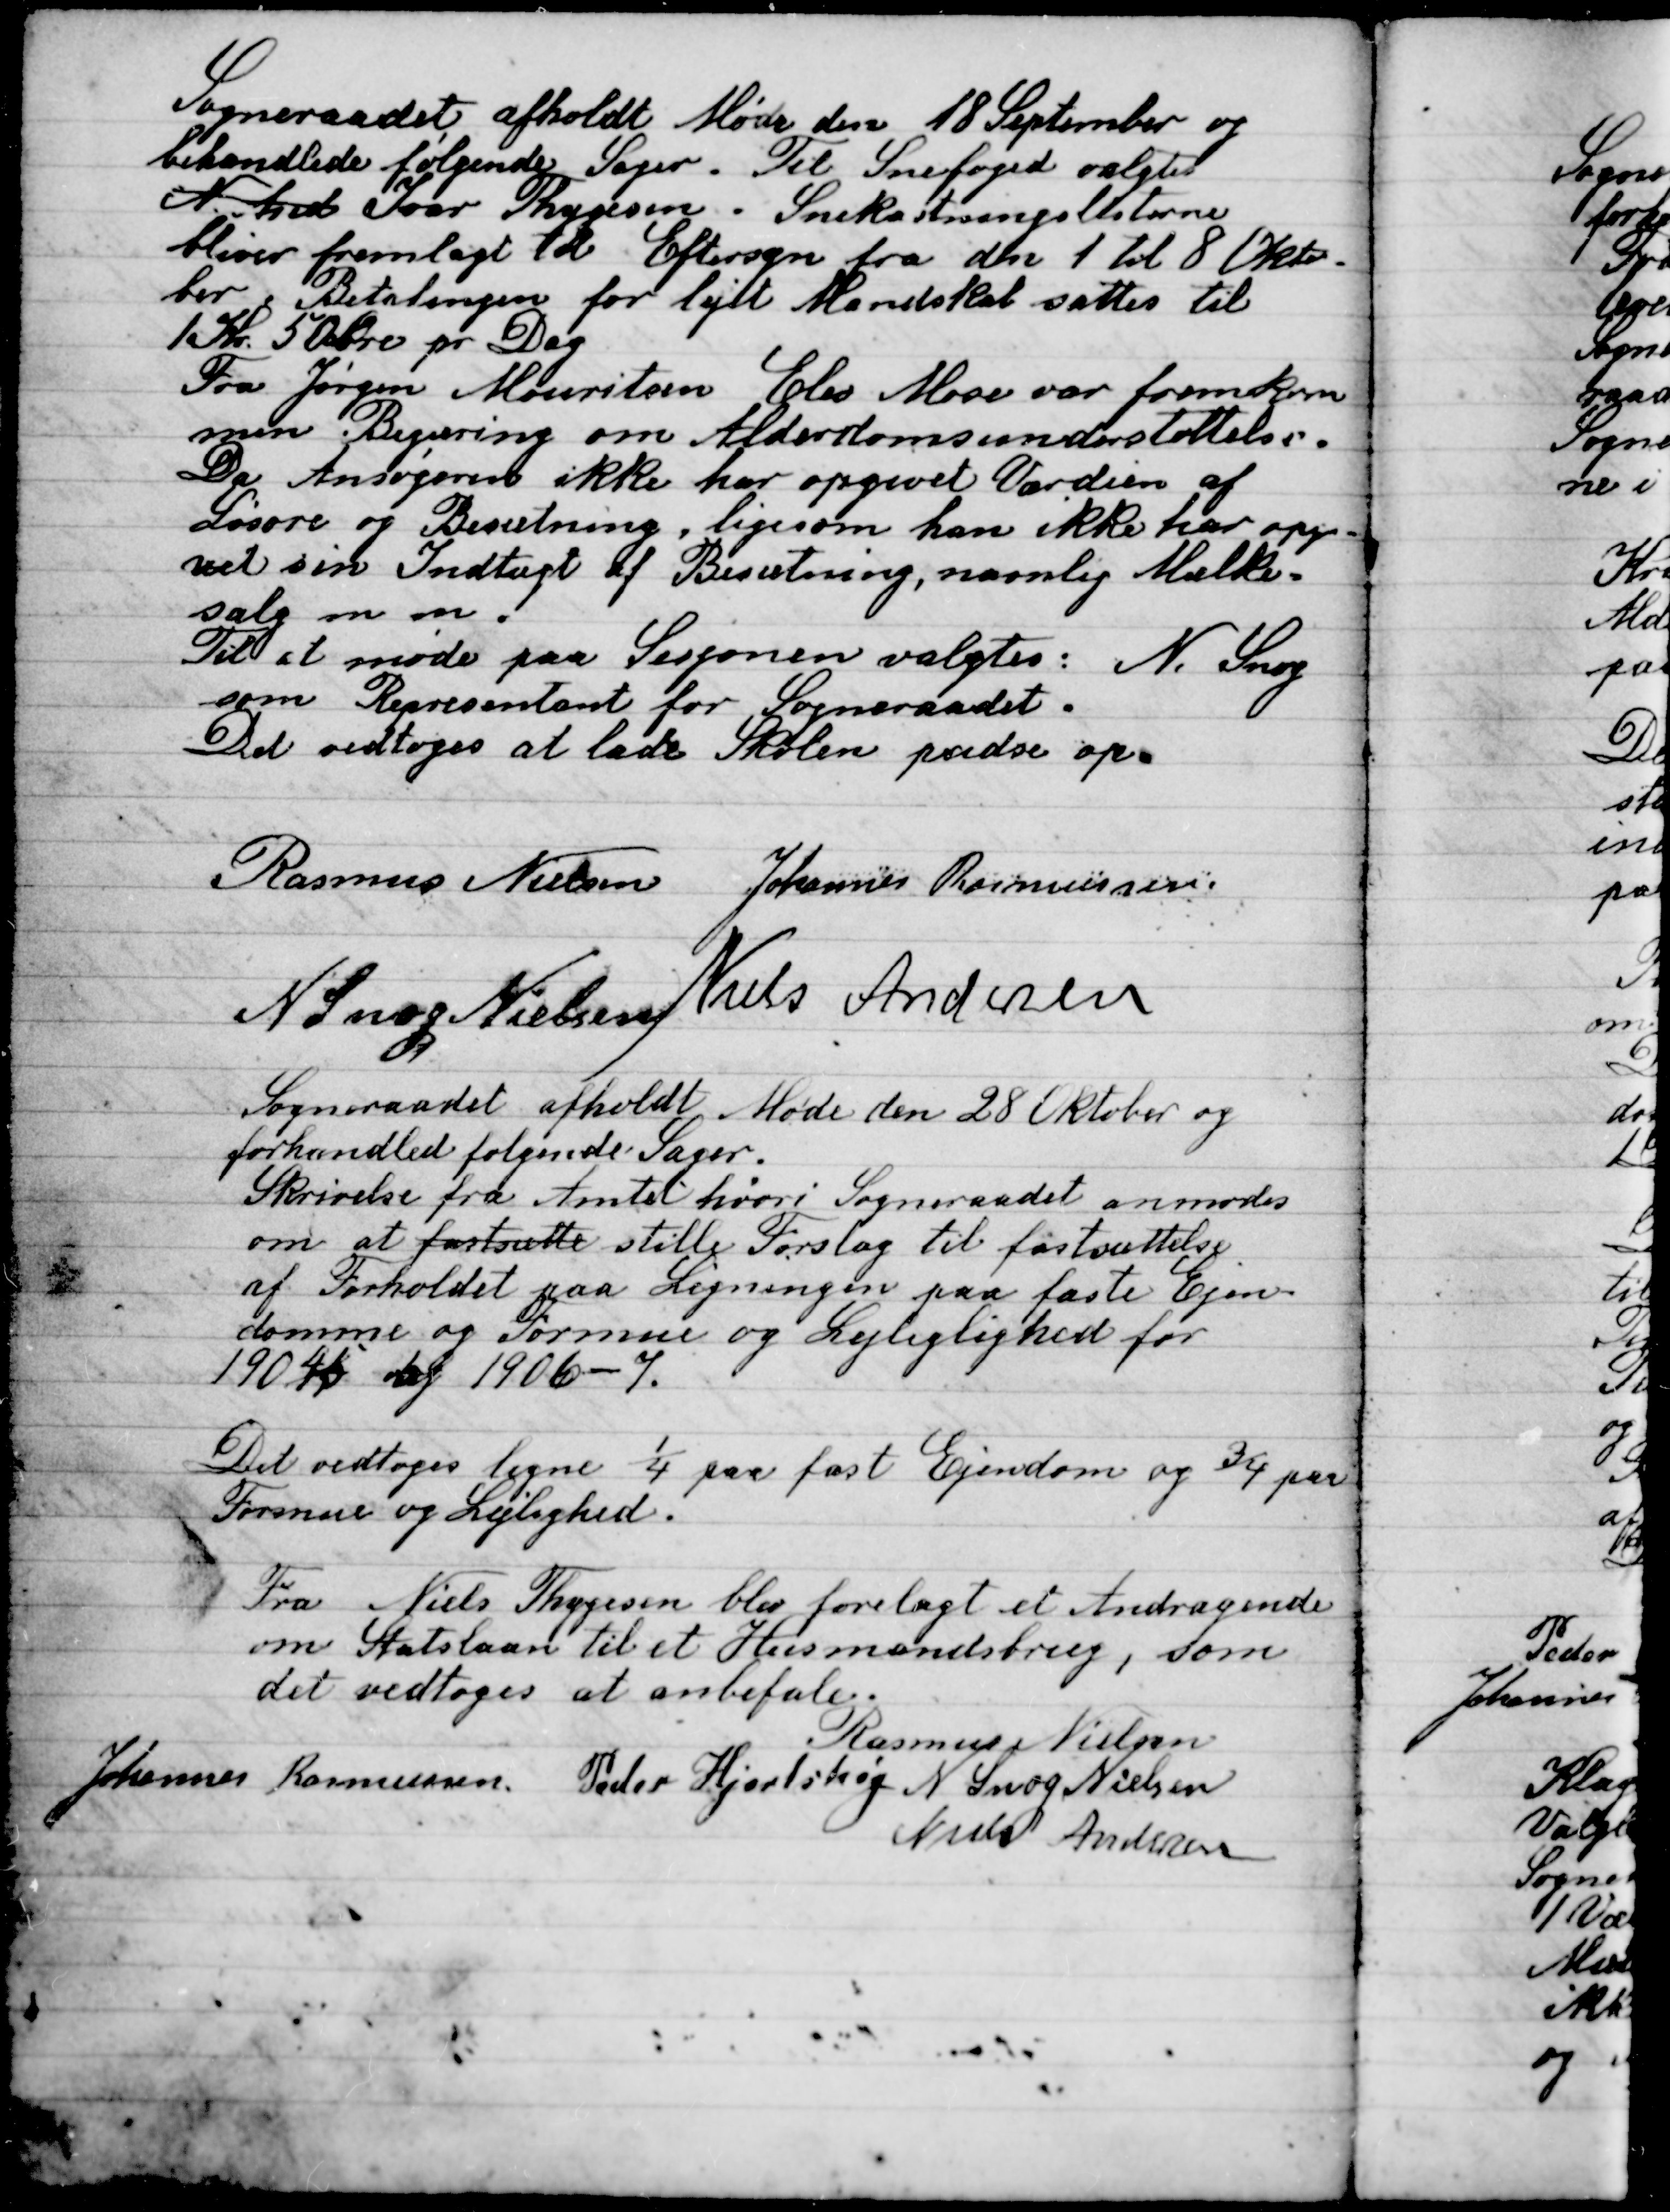
Transskription:
Sogneraadet holdt Møde den 18 September og
behandlede følgende Sager. Til Snefoged valgt
N hed Ivar Thygesen. Snekastningslisterne
bliver fremlagt 1d. Eftersyn fra den 1 til 8 Okto-
ber Betalingen for leje Mandskab sattes til
1 Kr. 50 øre pr. Dag.
Fra Jørgen Mouritsen Elev Mose var fremkom-
men Begæring om Alderdomsunderstøttelse.
Da Ansøgeren ikke har opgivet Værdien af
Løsøre og Beretning, ligesom han ikke har op-
givet sin Indtægt af Besætning, navnlig Mælk.
salg m.m.
Til at møde paa Sasjonen valgtes: N. Snog
som Repræsentant for Sogneraadet.
Det vedtoges at lade Skolen pudse op.

Rasmus Nielsen
Johannes Rasmussen
N. Snog Nielsen
Niels Andersen

Sognerådet afholdt Møde den 28 Oktober og
forhandlede følgende Sager.
Skrivelse fra Amtet hvori Sogneraadet anmodes
om at fastsætte støtte Forslag til fastsættelse
af Forholdet paa Ligningen paa faste Ejen-
domme og Formue og Lejlighed for
1904-5 og 1906-7.

Det vedtoges ligne 1/4 paa fast Ejendom og ¾ paa
Formue og Lejlighed.

Fra Niels Thygesen blev forelagt et Andragende
om Statslaan til et Husmandsbrug, som
det vedtoges at anbefale.

Rasmus Nielsen
Johannes Rasmussen
Peder Hjortshøj
N. Snog Nielsen
Niels Andersen